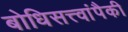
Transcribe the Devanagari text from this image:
बोधिसत्त्वांपैकी